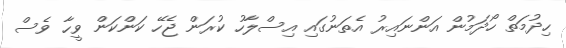
ހިދުމަތް ހޯދަމުން އަންނައިރު އެތަނުގައި އިސްލާހު ކުރަން ޖެހޭ ކަންކަން ވީހާ ވެސް